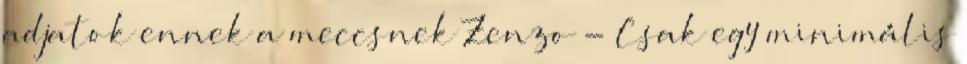
adjatok ennek a meccsnek Zenzo - Csak egy minimális